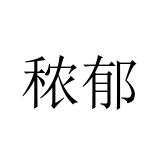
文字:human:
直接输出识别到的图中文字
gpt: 秾郁